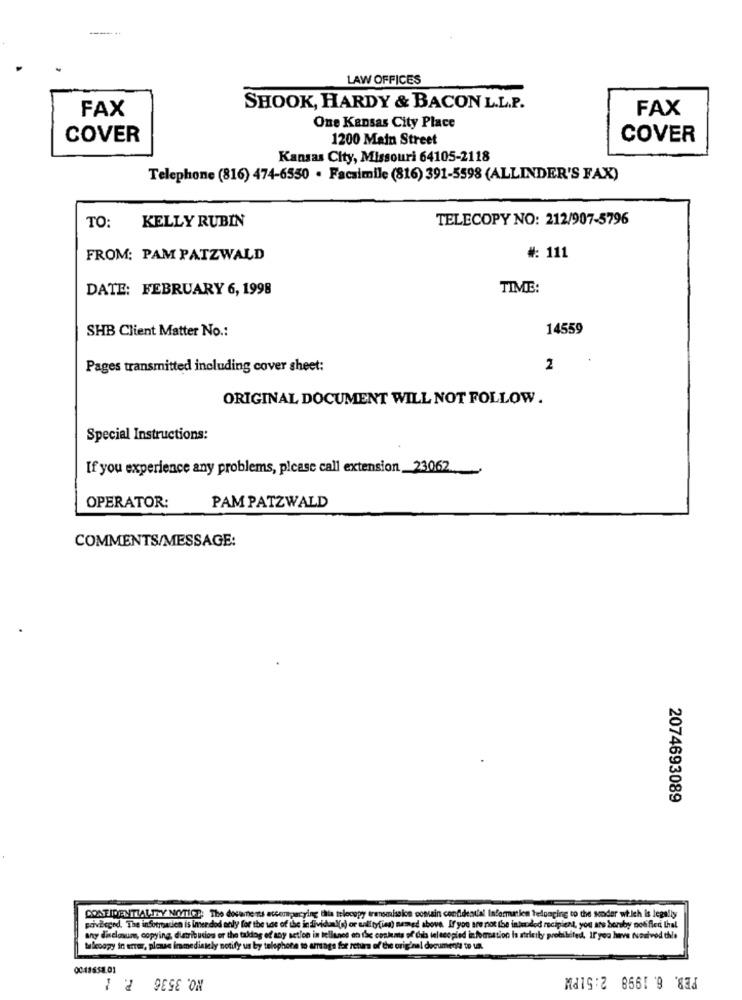
LAW OFFICES
FAX
SHOOK, HARDY & BACON L.L.P.
FAX
One Kansas City Place
COVER
1200 Main Street
COVER
Kansas City, Missouri 64105-2118
Telephone (816) 474-6550 . Facsimile (816) 391-5598 (ALLINDER'S FAX)
KELLY RUBIN
TELECOPY NO: 212/907-5796
TO:
FROM: PAM PATZWALD
#: 111
DATE: FEBRUARY 6, 1998
TIME:
SHB Client Matter No .:
14559
Pages transmitted including cover sheet:
2
ORIGINAL DOCUMENT WILL NOT FOLLOW .
Special Instructions:
If you experience any problems, please call extension _23062
OPERATOR:
PAM PATZWALD
COMMENTS/MESSAGE:
2074693089
CONFIDENTIALITY NOTICE: The documents accompanying thia telecopy transmission contain confidential Informatics teluaring to the sender wt.ich is legally
pavBeged. The information is imer dod only for the vas of the individual(s) or entityfias) named above. If you are not the intended recipient, you are borby bob fied that
any disclosure, copying, distribution or the taldog of any action in tellenes on the contents of dis telecopied information is strictly probibited. IF you have tunelvod dile
Maleoagy in error, please immediately notify us by telephone to amags fee return of the original document to un.
0043658.01
NO. 3536 P.
FEB. 6. 1998 2:51PM